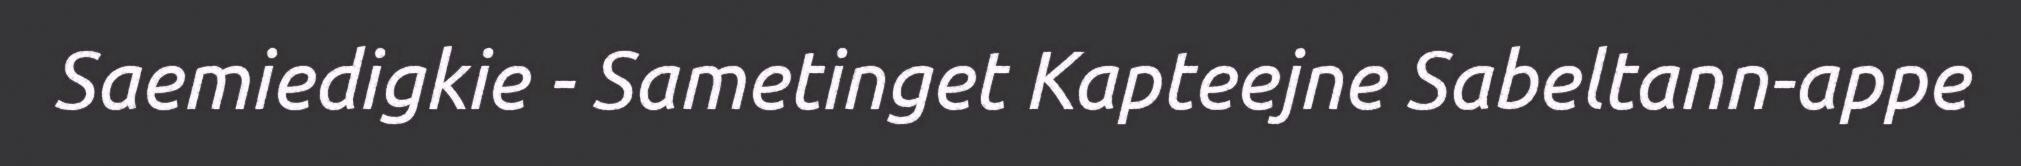
Saemiedigkie - Sametinget Kapteejne Sabeltann-appe